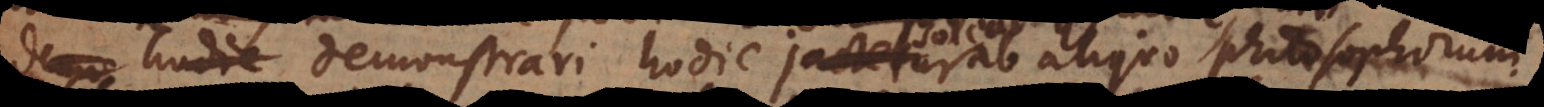
imo demonstrari hodie jactetur ab aliquo philosophorum,